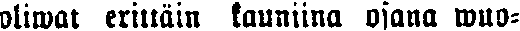
oliwat erittäin kauniina osana wuo-